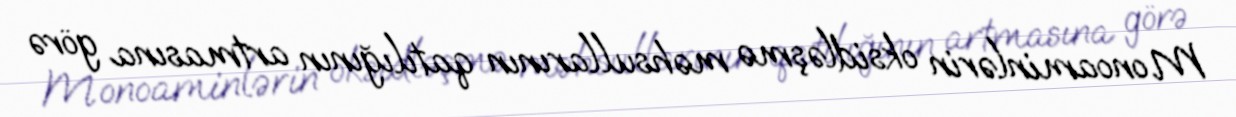
Monoaminlərin oksidləşmə məhsullarının qatılığının artmasına görə